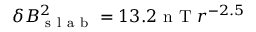
\delta B _ { \mathrm { ~ s ~ l ~ a ~ b ~ } } ^ { 2 } = 1 3 . 2 \mathrm { ~ n ~ T ~ } r ^ { - 2 . 5 }